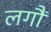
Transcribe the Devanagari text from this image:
लगौं